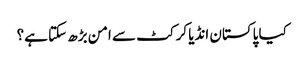
کیا پاکستان انڈیا کرکٹ سے امن بڑھ سکتا ہے؟